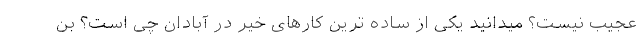
عجیب نیست؟ میدانید یکی از ساده ترین کارهای خیر در آبادان چی است؟ بن